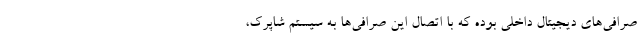
صرافی‌های دیجیتال داخلی بوده که با اتصال این صرافی‌ها به سیستم شاپرک،